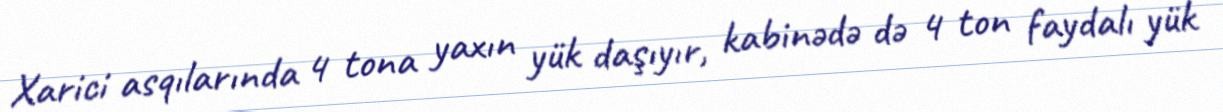
Xarici asqılarında 4 tona yaxın yük daşıyır, kabinədə də 4 ton faydalı yük